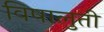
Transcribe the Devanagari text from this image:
विषालुती